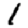
Digit: 1